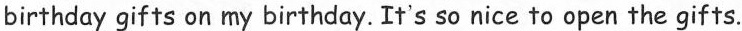
birthday gifts on my birthday. It's so nice to open the gifts.